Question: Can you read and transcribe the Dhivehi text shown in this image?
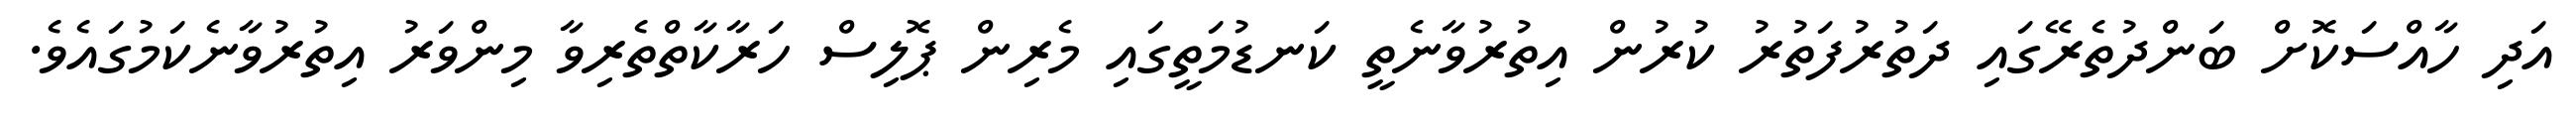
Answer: އަދި ހާއްސަކޮށް ބަންދުތެރޭގައި ދަތުރުފަތުރު ކުރުން އިތުރުވާނެތީ ކަނޑުމަތީގައި މެރިން ޕޮލިސް ހަރާކާތްތެރިވާ މިންވަރު އިތުރުވާނެކަމުގައެވެ.